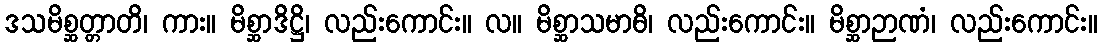
ဒသမိစ္ဆတ္တာတိ၊ ကား။ မိစ္ဆာဒိဋ္ဌိ၊ လည်းကောင်း။ လ။ မိစ္ဆာသမာဓိ၊ လည်းကောင်း။ မိစ္ဆာဉာဏံ၊ လည်းကောင်း။